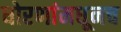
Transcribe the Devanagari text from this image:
धोरणांमधूनच